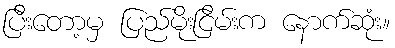
ပြီးတော့မှ ပြည်မိုးငြိမ်းက နောက်ဆုံး။